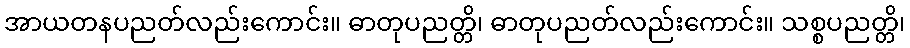
အာယတနပညတ်လည်းကောင်း။ ဓာတုပညတ္တိ၊ ဓာတုပညတ်လည်းကောင်း။ သစ္စပညတ္တိ၊